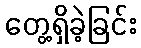
တွေ့ရှိခဲ့ခြင်း